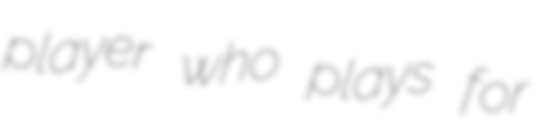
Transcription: player who plays for